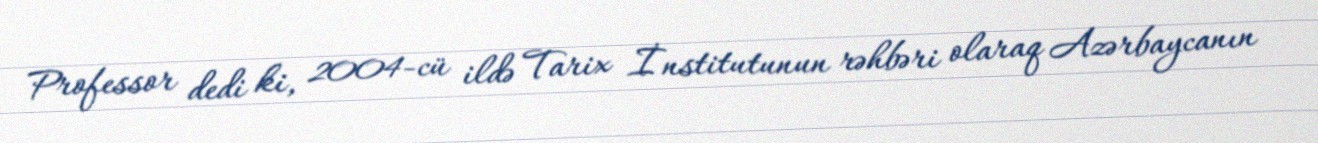
Professor dedi ki, 2004-cü ildə Tarix İnstitutunun rəhbəri olaraq Azərbaycanın